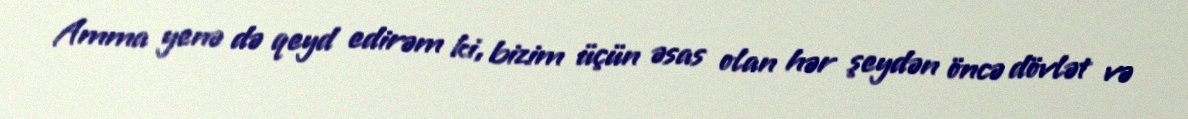
Amma yenə də qeyd edirəm ki, bizim üçün əsas olan hər şeydən öncə dövlət və